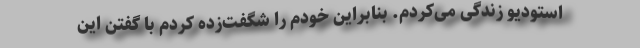
استودیو زندگی می‌کردم. بنابراین خودم را شگفت‌زده کردم با گفتن این